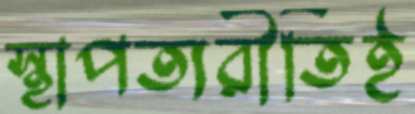
স্থাপত্যরীতিই